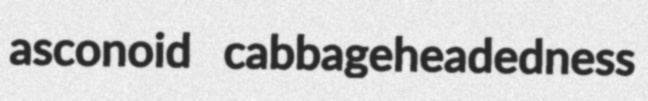
asconoid cabbageheadedness